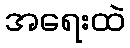
အရေးထဲ